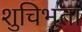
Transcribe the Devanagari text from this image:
शुचिभूता